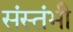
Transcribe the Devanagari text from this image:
संस्तंभी